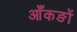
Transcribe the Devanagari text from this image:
आँकङों